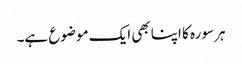
ہر سورہ کا اپنا بھی ایک موضوع ہے۔